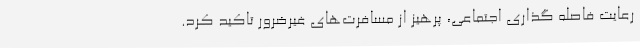
رعایت فاصله گذاری اجتماعی، پرهیز از مسافرت‌های غیرضرور تاکید کرد.